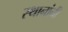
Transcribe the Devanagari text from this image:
स्थानांनी